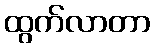
ထွက်လာတာ